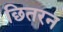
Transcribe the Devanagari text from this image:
छितरन